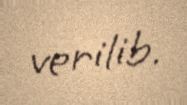
verilib.